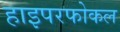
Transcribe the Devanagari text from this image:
हाइपरफोकल